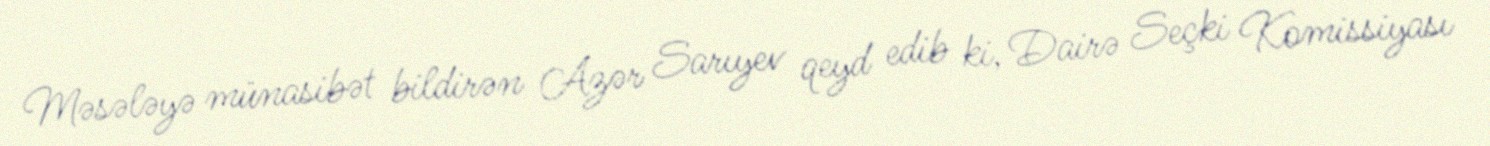
Məsələyə münasibət bildirən Azər Sarıyev qeyd edib ki, Dairə Seçki Komissiyası